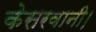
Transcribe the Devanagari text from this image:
केसरवानी।